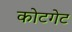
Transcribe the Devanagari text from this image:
कोटगेट